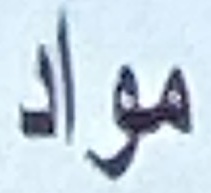
مواد